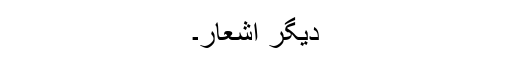
دیگر اشعار۔